Report of the Municipal Commissioner on the plague in Bombay for the year ending 31st May... - Volume 2
Disease focus: Plague
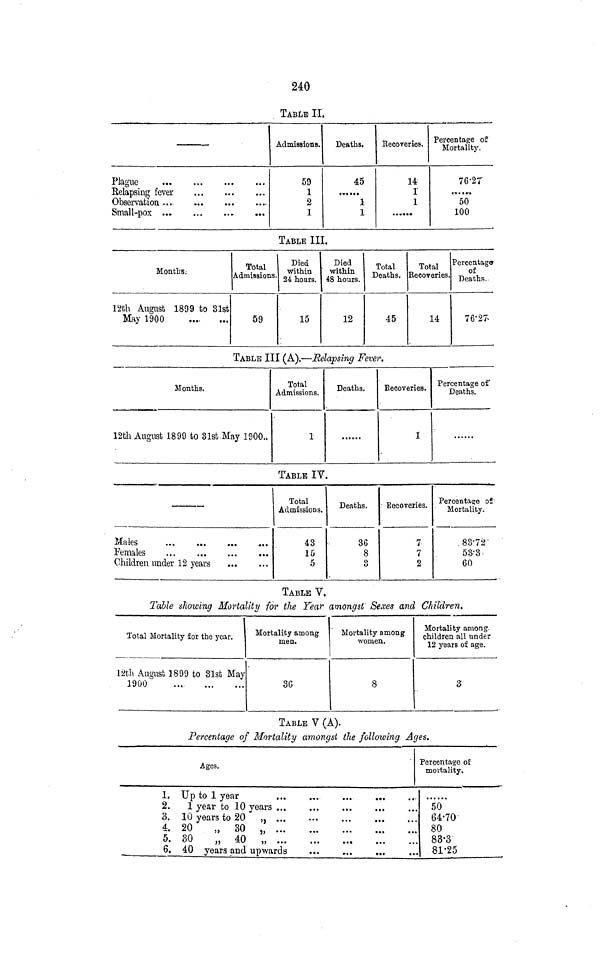
240
TABLE II.
Plague
Relapsing fever
Observation ...
Small-pox ...
Admissions.
59
1
2
1
Deaths.
45
,,, ,.,
1
1
Eecoveries.
14
1
1
Percentage of
Mortality.
76-2T
.,..«
50
100
TABLE III.
Months.-
12th August 1899 to 31st
May 1900
Total
Admissions.
59
Died
within
24 hours.
15
Died
within
48 hours.
12
Total
Deaths.
45
Total
Recoveries.
14
Percentage
of
Deaths.
76-27-
TABLE III (A).—Relapsing Fever.
Months.
12th August 1899 to 31st May 1900..
Total
Admissions.
1
Deaths.
Eecoveries.
I
Percentage of
Deaths.
TABLE TV.
Males
..„
...
Females
Children under 12 years
Total
Admissions.
43
15
5
36
8
3
7
7
2
Percentage of
Mortality.
. 83-72'
53-3
60
TABLE V.
Table showing Mortality for the Year amongst Sexes and Children.
Total Mortality for the year.
12th August 1899 to 31st May
1900
Mortality among
men.
3G
Mortality among
women.
8
Mortality among,
children all under
12 years of age.
3
TABLE V (A).
Percentage of Mortality amongst the following Ages.
1.
2.
3.
A.
5.
6.
Ages.
Up to 1 year
1 year to 10 years
10 years to 20 ,, ...
20
„ 30 „
30
„ 40 „
40 years and upwards
Percentage of
mortality.
50
64-70
80
83-3
81-25